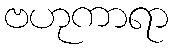
ဗဟုကာရာ